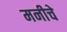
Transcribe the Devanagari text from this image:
मनीचे